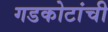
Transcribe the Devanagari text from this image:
गडकोटांची